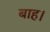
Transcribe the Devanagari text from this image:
बाह।